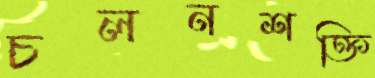
চলনশক্তি